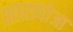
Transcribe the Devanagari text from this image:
शारापोआ